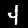
Label: 4